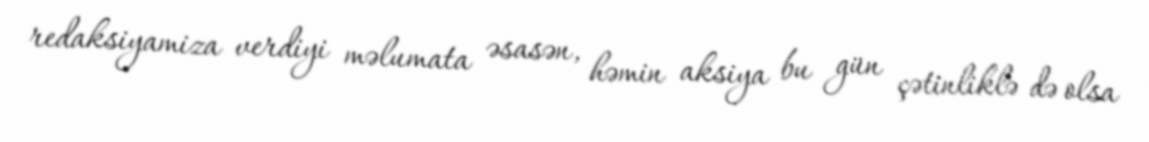
redaksiyamiza verdiyi məlumata əsasən, həmin aksiya bu gün çətinliklə də olsa